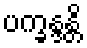
ပက္ခန္ဒန္တိ